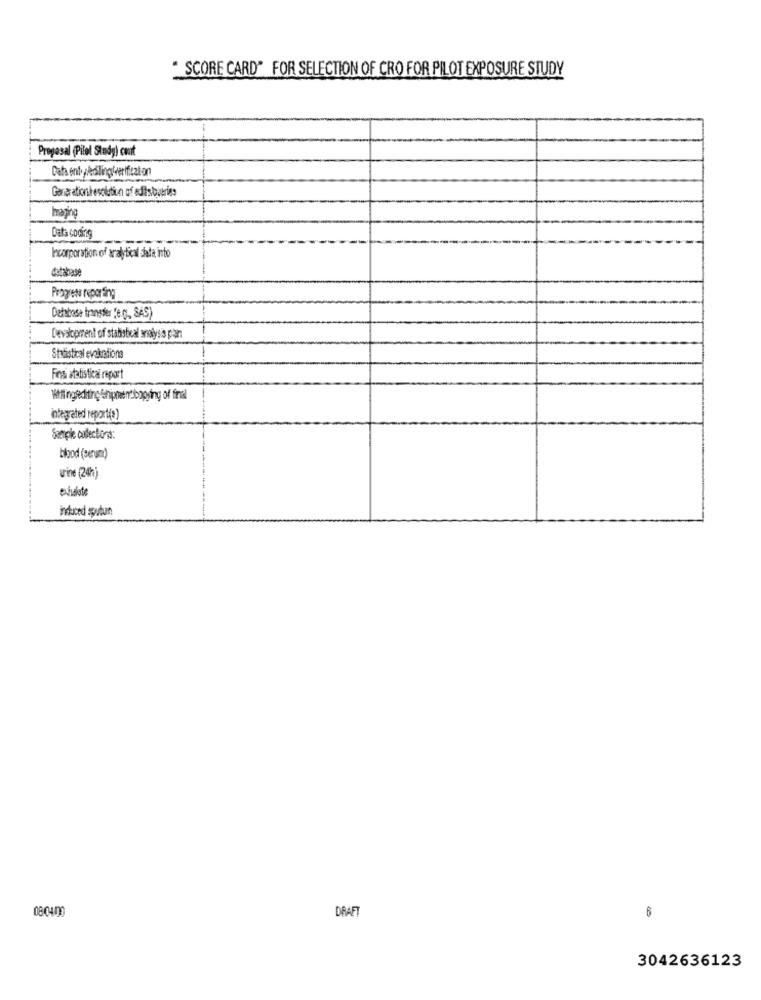
* SCORE CARD" FOR SELECTION OF CRO FOR PILOT EXPOSURE STUDY
Proposal (Pilel Study) cout
Imaging
Data coding
Incorporation of analytical data into
database
Progress reporting
Detbase transfer "e g, SAS)
Development of statistical analysis pean
Statistical evaluations
Finssi statistical report
Willingeediting Enipmentboping of final
integrated report(s)
blood (serum)
urine (20h)
exakte
induced sputun
08:0400
DRAF
6
3042636123